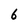
Character: 6